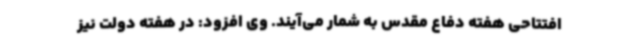
افتتاحی هفته دفاع مقدس به شمار می‌آیند. وی افزود: در هفته دولت نیز